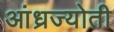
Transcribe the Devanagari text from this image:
आंध्रज्योती